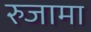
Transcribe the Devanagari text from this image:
रुजामा